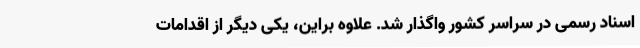
اسناد رسمی در سراسر کشور واگذار شد. علاوه براین، یکی دیگر از اقدامات